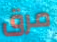
مرق